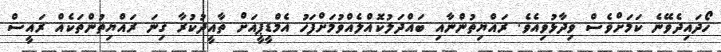
ހޯދައިދެވޭނެ ކަމަށްވެސް ވިދާޅުވިއެވެ. ރައްޔިތުންނާއި ބައްދަލުކޮއްލެއްވުމަށްފަހު އެމްޑީޕީއަށް ތާއީދުކުރާ ގިނަ ރައްޔިތުންތަކެއް ރައީސް